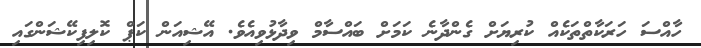
ހާއްސަ ހަރަކާތްތަކެއް ކުރިޔަށް ގެންދާނެ ކަމަށް ބައްސާމް ވިދާޅުވިއެވެ. އޭޝިއަން ކަޕް ކޮލިފިކޭޝަންގައި